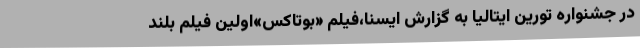
در جشنواره تورین ایتالیا به گزارش ایسنا،فیلم «بوتاکس»اولین فیلم بلند